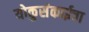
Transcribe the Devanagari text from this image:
योकुसंकाईचा